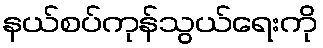
နယ်စပ်ကုန်သွယ်ရေးကို